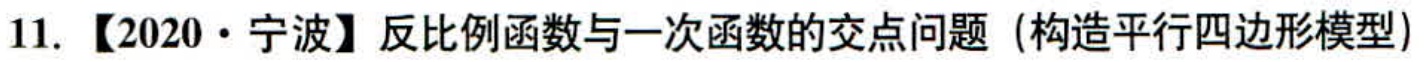
11. 【2020·宁波】反比例函数与一次函数的交点问题（构造平行四边形模型）